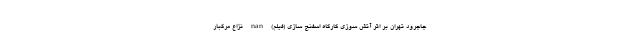
جاجرود تهران بر اثر آتش سوزی کارگاه اسفنج سازی (فیلم) nan نزاع مرگبار